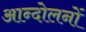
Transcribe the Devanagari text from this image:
आन्‍दोलनों